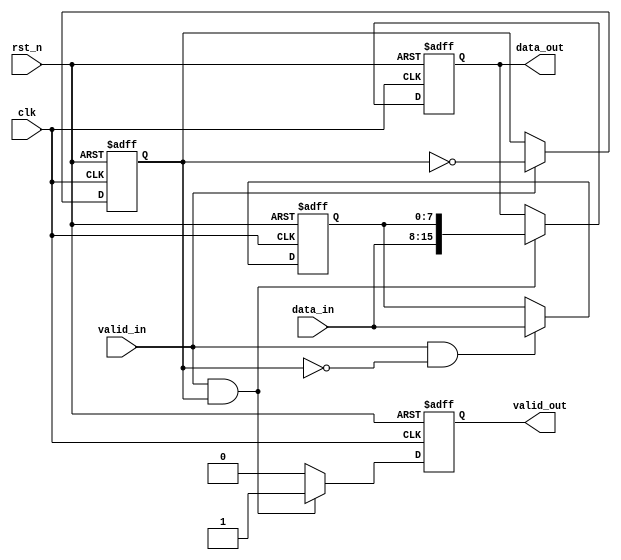
`timescale 1ns/1ns
module width_8to16(
	input 				   clk 		,   
	input 				   rst_n		,
	input				      valid_in	,
	input	   [7:0]		   data_in	,
 
 	output	reg			valid_out,
	output   reg [15:0]	data_out
);
reg 	[7:0]		data_lock;  //data buffer
reg 				flag	   ;
//input data buff in data_lock
always @(posedge clk or negedge rst_n ) begin
	if(!rst_n) 
		data_lock <= 'd0;
	else if(valid_in && !flag)
		data_lock <= data_in;
end
//generate flag
always @(posedge clk or negedge rst_n ) begin
	if(!rst_n) 
		flag <= 'd0;
	else if(valid_in)
		flag <= ~flag;
end
//generate valid_out
always @(posedge clk or negedge rst_n ) begin
	if(!rst_n) 
		valid_out <= 'd0;
	else if(valid_in && flag)
		valid_out <= 1'd1;
	else
		valid_out <= 'd0;
end
//data stitching 
always @(posedge clk or negedge rst_n ) begin
	if(!rst_n) 
		data_out <= 'd0;
	else if(valid_in && flag)
		data_out <= {data_in, data_lock};
end

endmodule